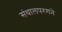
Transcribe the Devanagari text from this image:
संथालपरगने